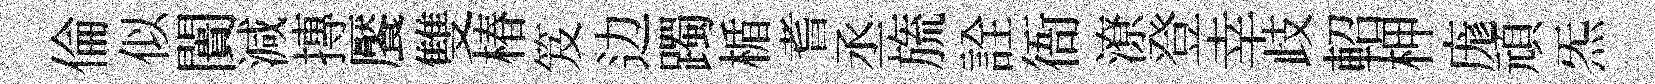
倫似闠減摶饜雙椿笈边躅楯耆丞旒詮衙潦登幸歧軺柙庬頑炁